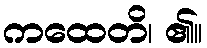
ကထေတိ၊ ၏။